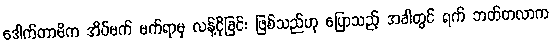
ဒေါက်တာမိက အိပ်မက် မက်ရာမှ လန့်ငိုခြင်း ဖြစ်သည်ဟု ပြောသည့် အခါတွင် ရက် ဘတ်တလာက